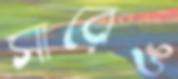
সারেঙ